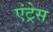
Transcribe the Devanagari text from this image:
एंट्रेस